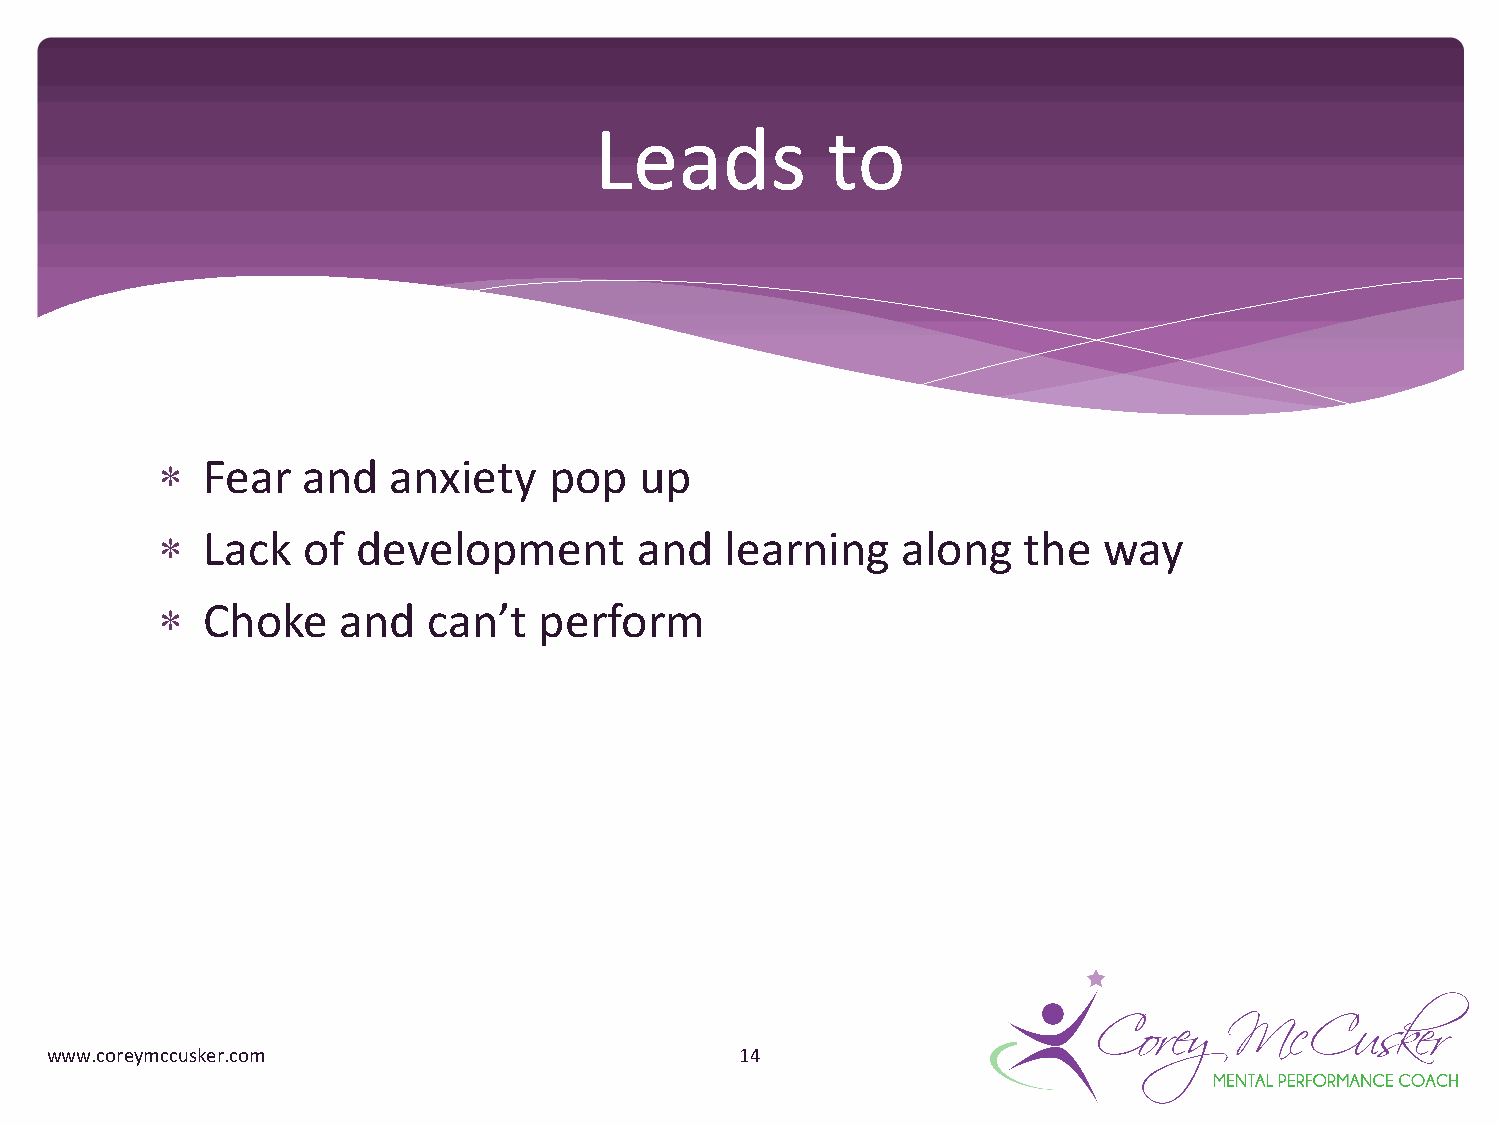
Leads           to
 *  Fear   and   anxiety   pop   up
 *  Lack   of  development       and   learning    along   the  way
 *  Choke    and   can’t   perform
 www.coreymccusker.com                         14